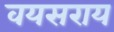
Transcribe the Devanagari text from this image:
वयसराय